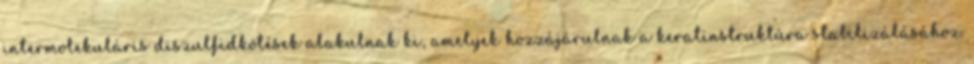
intermolekuláris diszulfidkötések alakulnak ki, amelyek hozzájárulnak a keratinstruktúra stabilizálásához.